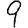
Digit: 9